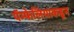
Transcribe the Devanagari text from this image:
पॅम्फेलियाकडून